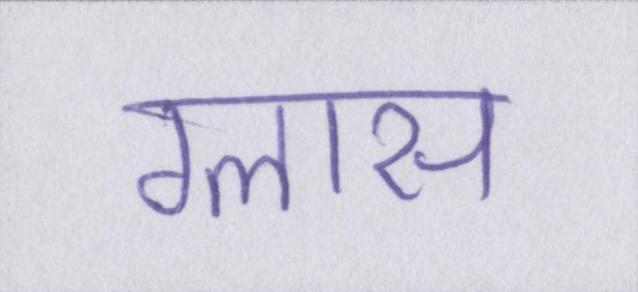
ग्लास